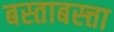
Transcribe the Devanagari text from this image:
बस्ताबस्त्ता